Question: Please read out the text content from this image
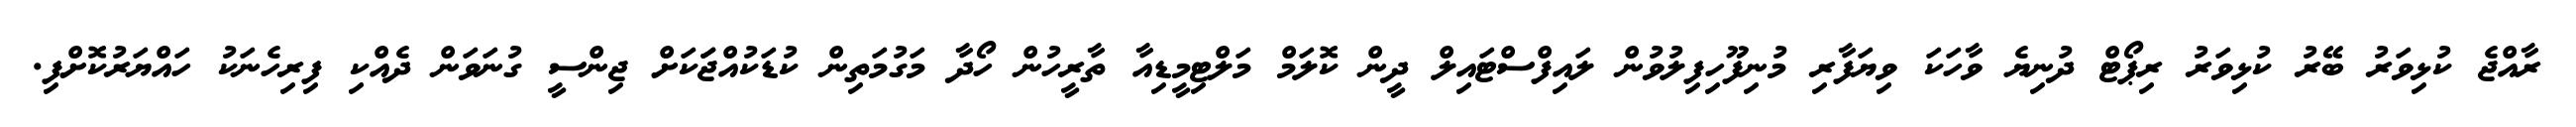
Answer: ރާއްޖެ ކުޅިވަރު ބޭރު ކުޅިވަރު ރިޕޯޓް ދުނިޔެ ވާހަކަ ވިޔަފާރި މުނިފޫހިފިލުވުން ލައިފްސްޓައިލް ދީން ކޮލަމް މަލްޓިމީޑިއާ ތާރީހުން ހޯދާ މަގުމަތިން ކުޑަކުއްޖަަކަށް ޖިންސީ ގުނަވަން ދެއްކި ފިރިހެނަކު ހައްޔަރުކޮށްފި.